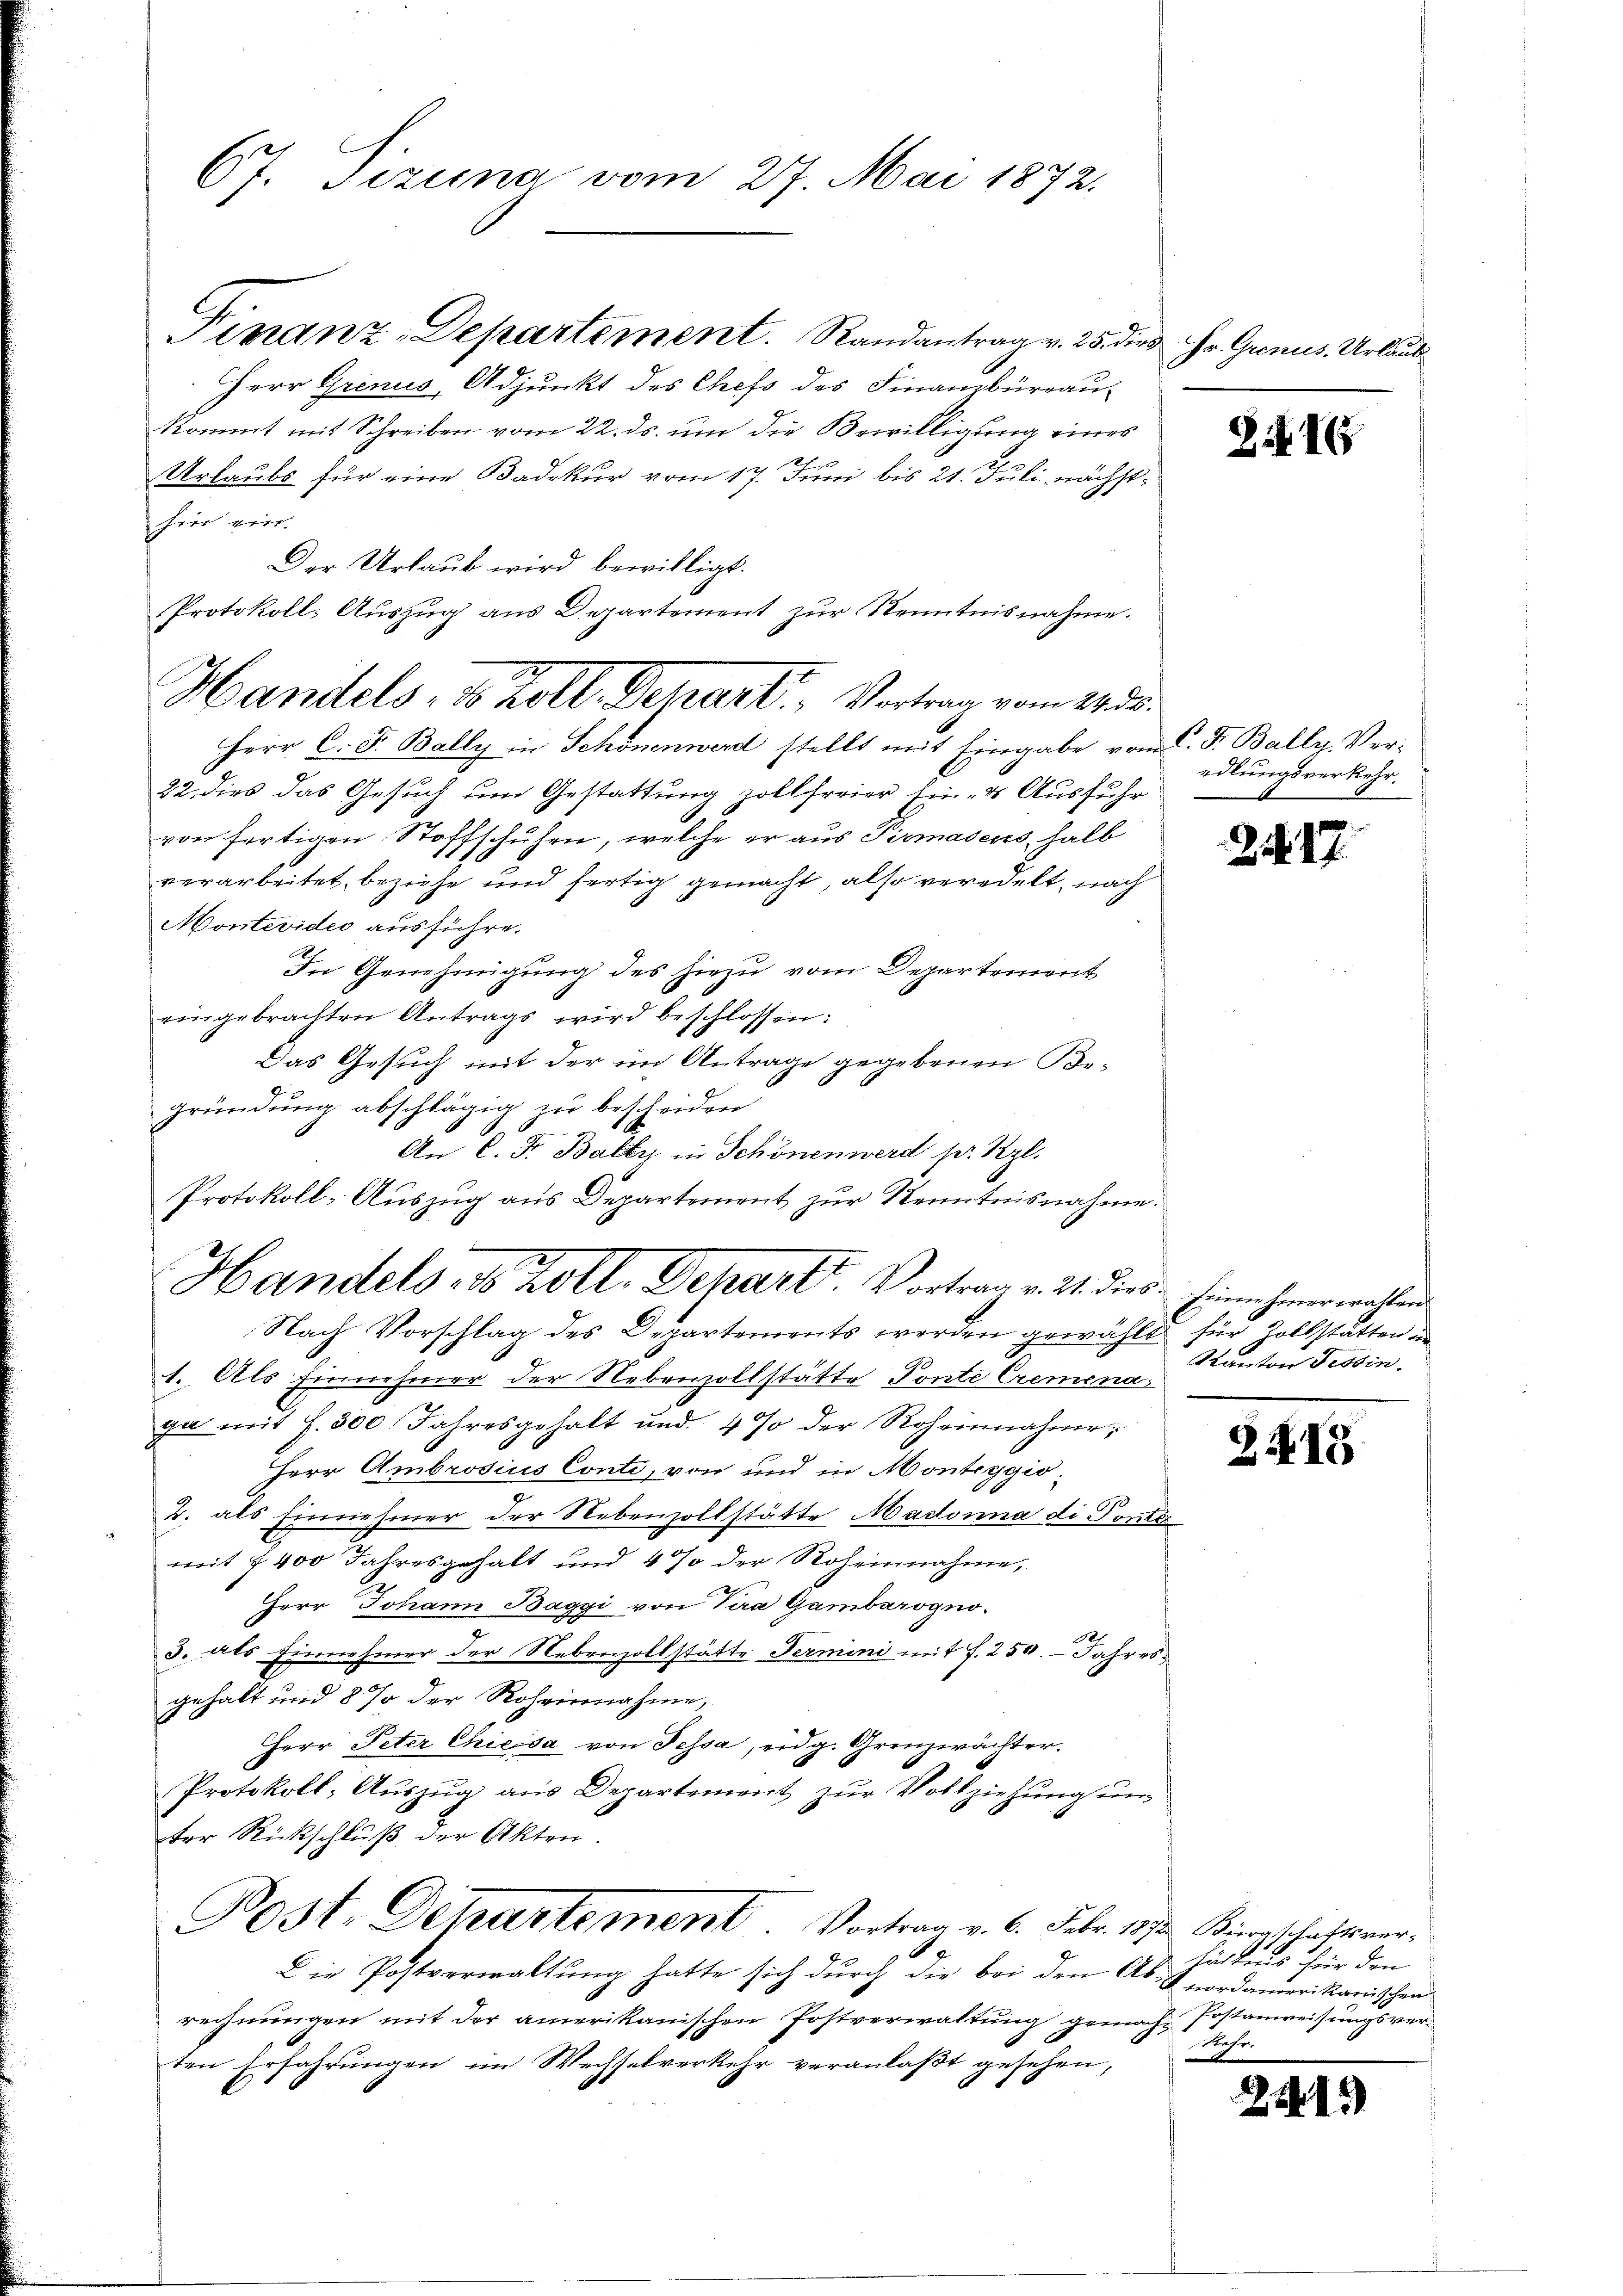
67. Tizina vom 27. Mai 1872.

Finanz-Departement. Randantrag v. 25. die Hr. Grenus, Urlaub
Herr Grenus, Adjunkt des Chefs des Finanzbüreau-
kommt mit Schreiben vom 22. ds. um die Bewilligung eines
2
Urlaubs für eine Badekur vom 17. Juni bis 21. Juli nächsthin ein.
Der Urlaub wird bewilligt.
Protokoll- Auszug aus Departement zur Kenntnisnahme.
Herr C. F. Bally in Schönenwerd stellt mit Eingabe vom 1. F. Bally. Ver-
22 dies das Gesuch um Gestattung zollfreier Ein- & Ausfuhr
von fertigen Stoffschuhen, welche er aus Pirmasens halb
verarbeitet, beziehe und fertig gemacht, also veredelt, nach
Montevideo ausführe.
In Genehmigung des hiezu vom Departement
eingebrachten Antrags wird beschlossen:
Das Gesuch mit der im Antrage gegebenen Begründung abschlägig zu bescheiden
An C. Fr. Balty in Schönenwerd pr. Kgl.
Protokoll-Auszug aus Departement zur Kenntnisnahme.

Handels, u. Zoll. Depart. Vortrag vom 243.

Handels 8 Zoll. Depart. Vortrag v. 21. diese Einnehmerwahlen
Nach Vorschlag des Departements werden gewählt für Zollstätten in

1. Als Einnehmer der Nebenzollstätte Ponte Cremena
ga mit f. 300 Jahresgehalt und 4 % der Roheinnahme
Herr Ambrosius Conti, von und in Monteggio¬
2. als Einnehmer der Nebenzollstätte Madonna di Ponto
mit 7 400 Jahresgehalt und 4 % der Roheinahme,
e
Herr Johann Baggi von Tira Gamberogno-
3. als Einnehmer der Nebenzollstätte Fermini mit f. 250. Jahres
gehalt und 8 % der Roheinnahme,
Herr Peter Chiesa von Fessa, eidg. Grenzwächter.
Protokoll, Auszug aus Departement zur Vollziehung un
ter Rückschluß der Akten.
Post. Departement Vortrag v. 6. Febr. 1872 Kinnschaftsver-
Die Postverwaltung hatte sich durch die bei den Ab- & nordamerikanischen
rechnungen mit der amerikanischen Postverwaltung gemache Postanweisungsver¬
.
ten Erfahrungen im Wechselverkehr veranlaßt gesehen,

816

edlungsverkehr.

24. 17

Kanton Tessin.

Z XI

hichtens für den
Rahr.

241)